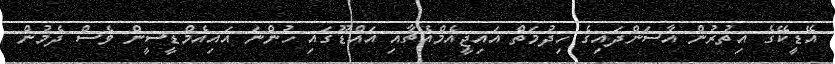
އޭޑީކޭގެ އިތުރުން އާސަންދައިގެ ހިދުމަތް އައިޖީއެމްއެޗާއި އައްޑޫގައި ހުންނަ އައިއެމްޑީސީން ވެސް ދެމުން